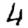
Digit: 4